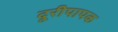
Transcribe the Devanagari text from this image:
दूरीपापक